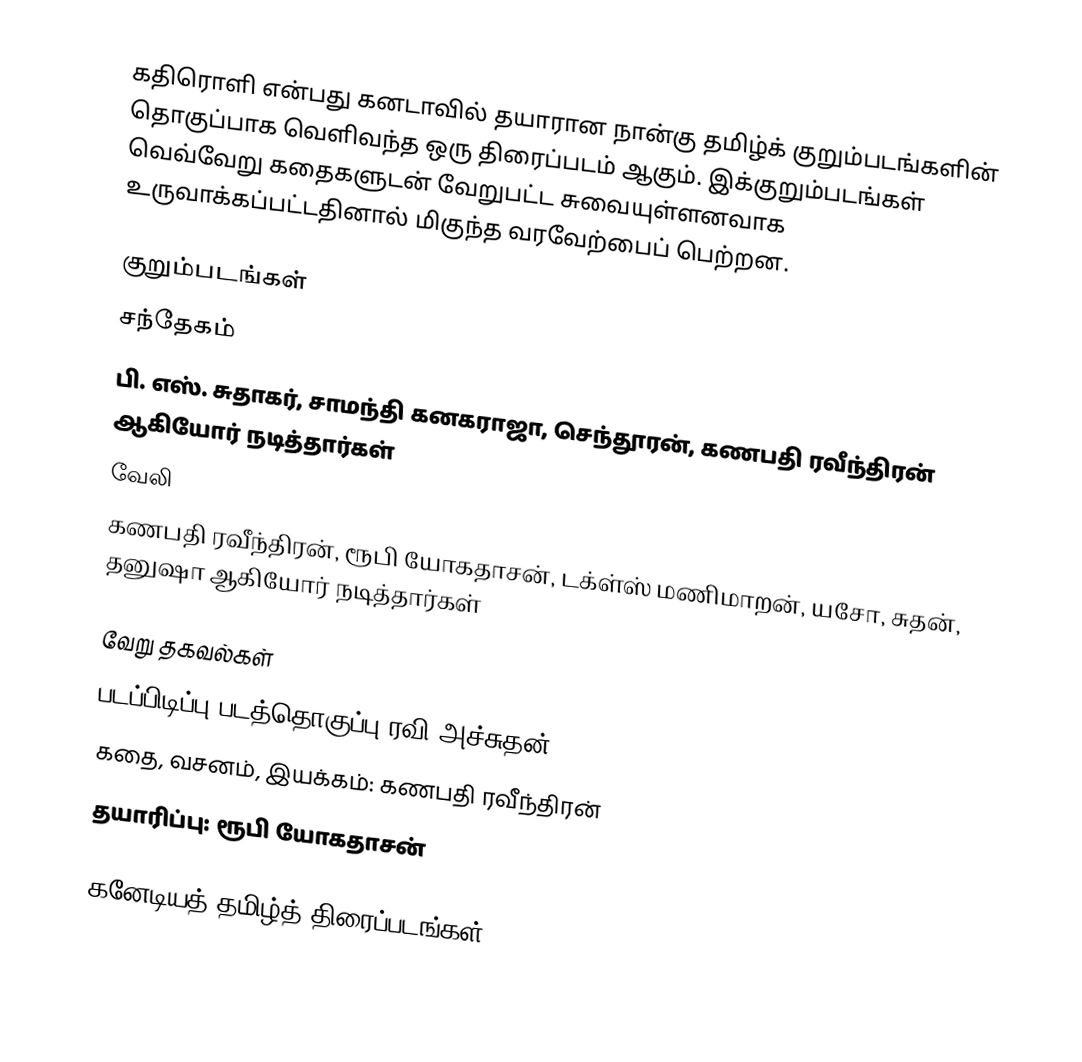
கதிரொளி என்பது கனடாவில் தயாரான நான்கு தமிழ்க் குறும்படங்களின் தொகுப்பாக வெளிவந்த ஒரு திரைப்படம் ஆகும். இக்குறும்படங்கள் வெவ்வேறு கதைகளுடன் வேறுபட்ட சுவையுள்ளனவாக உருவாக்கப்பட்டதினால் மிகுந்த வரவேற்பைப் பெற்றன.

குறும்படங்கள்
 சந்தேகம்
பி. எஸ். சுதாகர், சாமந்தி கனகராஜா, செந்தூரன், கணபதி ரவீந்திரன் ஆகியோர் நடித்தார்கள்
 வேலி
கணபதி ரவீந்திரன், ரூபி யோகதாசன், டக்ள்ஸ் மணிமாறன், யசோ, சுதன், தனுஷா ஆகியோர் நடித்தார்கள்

வேறு தகவல்கள்
 படப்பிடிப்பு,படத்தொகுப்பு ரவி அச்சுதன்.
 கதை, வசனம், இயக்கம்: கணபதி ரவீந்திரன்
 தயாரிப்பு: ரூபி யோகதாசன்

கனேடியத் தமிழ்த் திரைப்படங்கள்